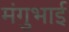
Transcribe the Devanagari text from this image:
मंगुभाई